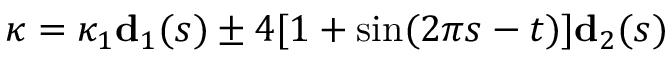
\boldsymbol \kappa = \kappa _ { 1 } \mathbf { d } _ { 1 } ( s ) \pm 4 [ 1 + \sin ( 2 \pi s - t ) ] \mathbf { d } _ { 2 } ( s )